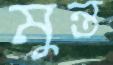
মুন্ত